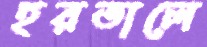
হরতালে